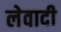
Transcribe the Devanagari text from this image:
लेवादी